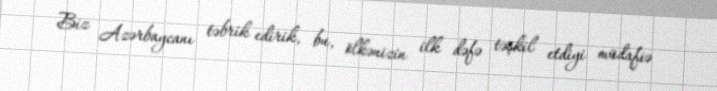
Biz Azərbaycanı təbrik edirik, bu, ölkənizin ilk dəfə təşkil etdiyi müdafiə